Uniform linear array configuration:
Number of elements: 24
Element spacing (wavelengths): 0.75
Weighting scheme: kaiser
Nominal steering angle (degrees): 0
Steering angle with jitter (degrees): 0.6691
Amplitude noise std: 0.05
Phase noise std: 0.05

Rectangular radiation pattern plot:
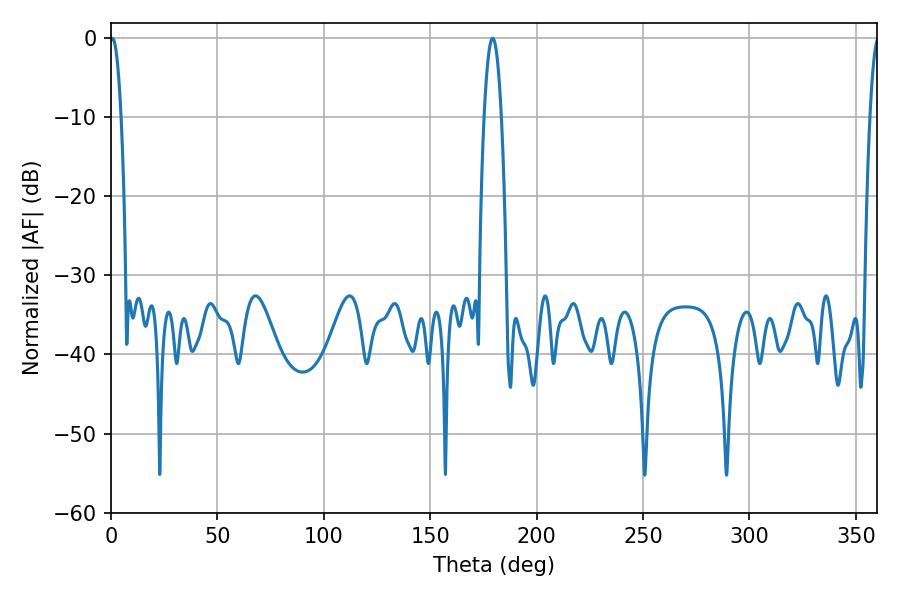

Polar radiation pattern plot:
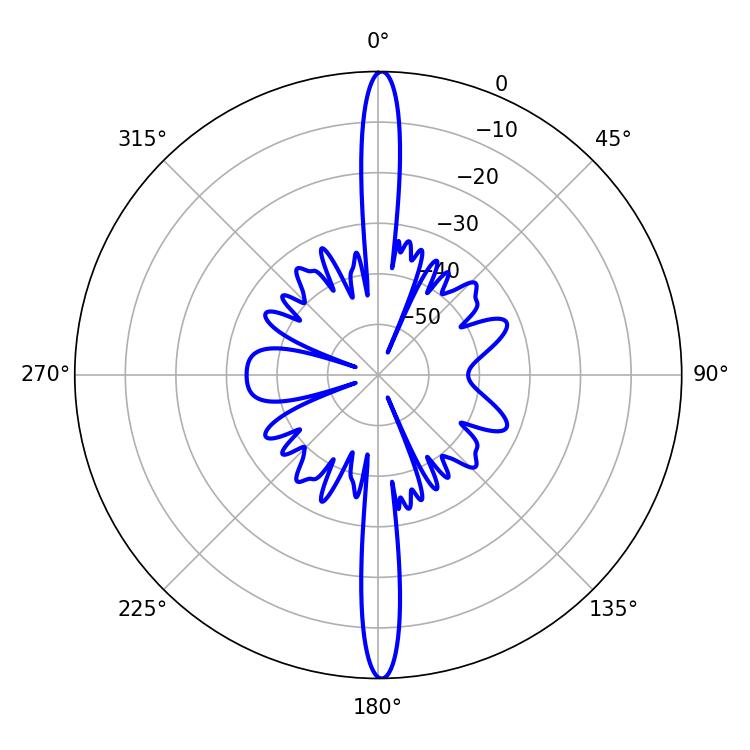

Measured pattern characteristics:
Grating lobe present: TRUE
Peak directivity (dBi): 30.082
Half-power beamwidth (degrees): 4.5
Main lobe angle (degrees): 179.28